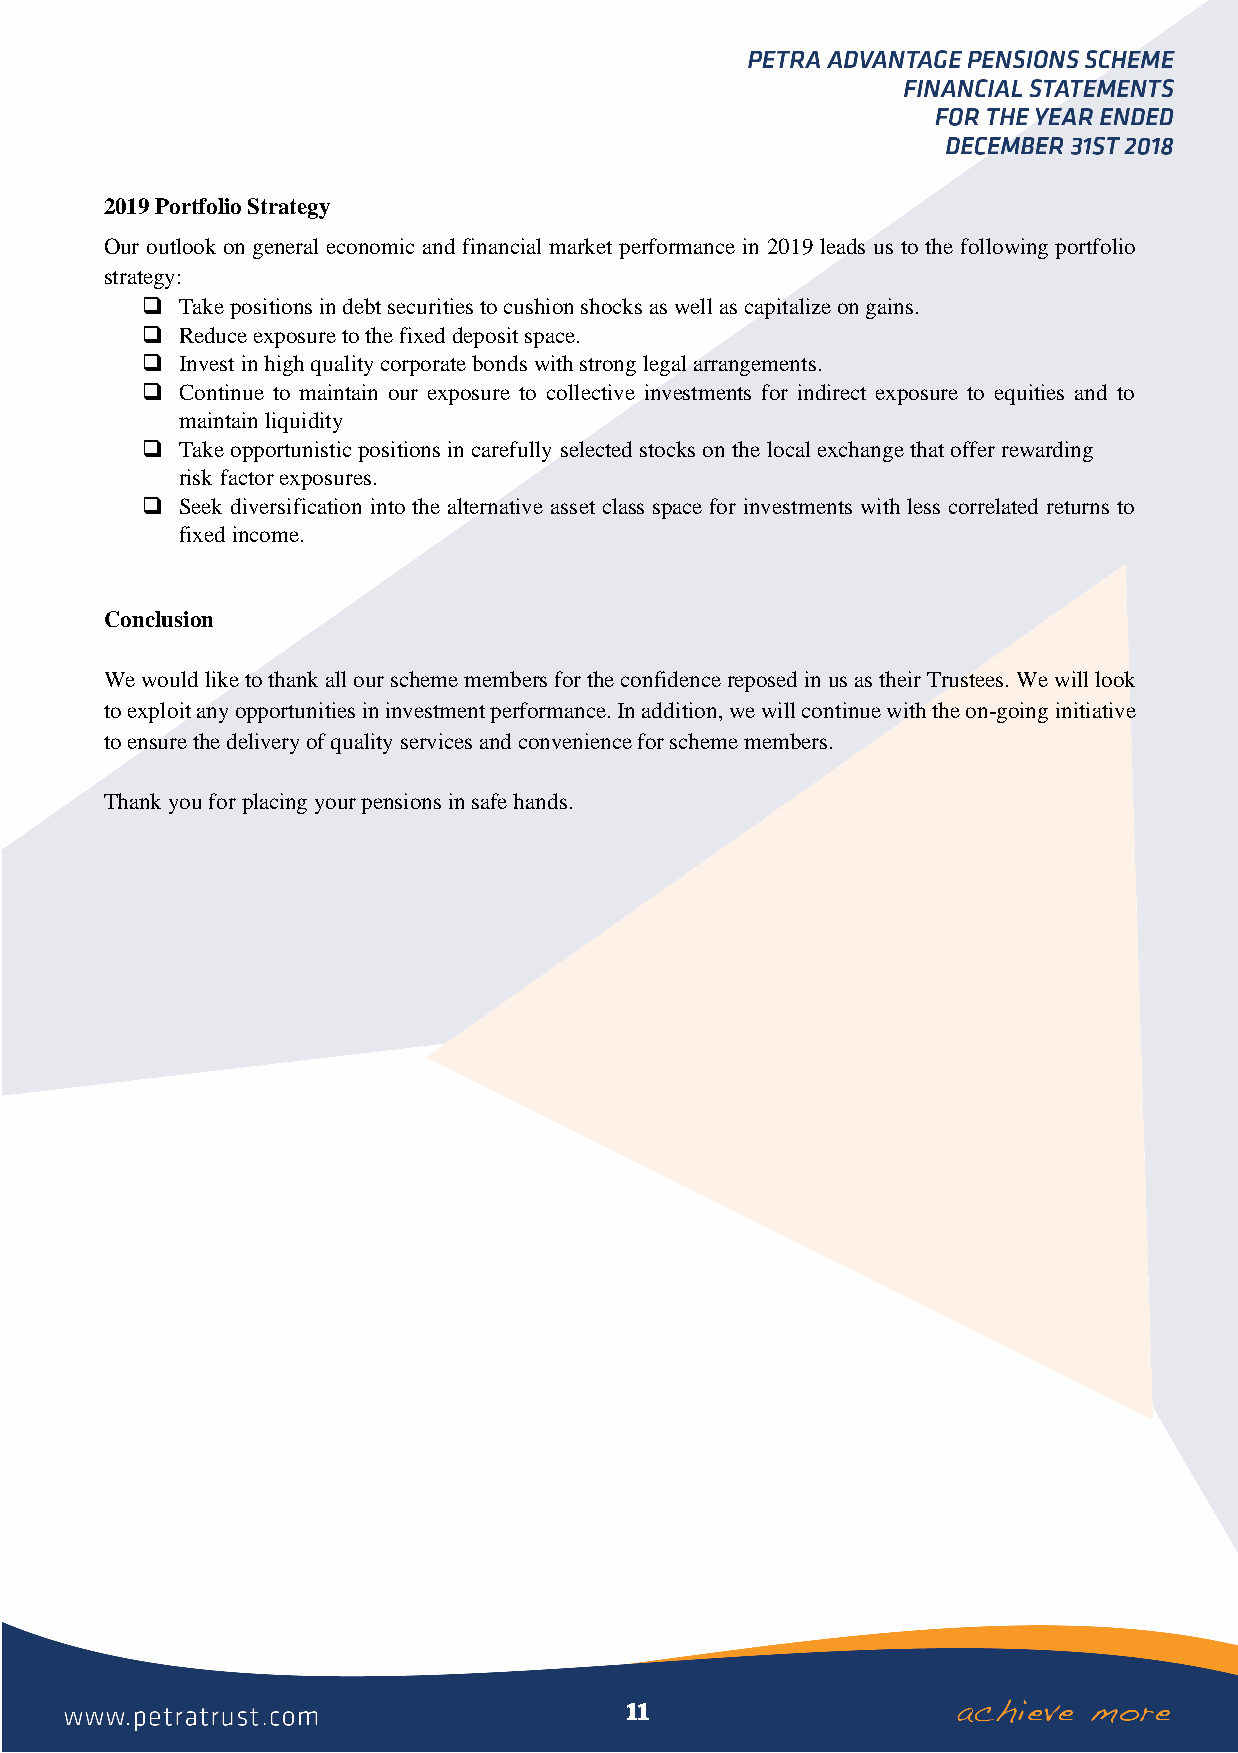
2019 Portfolio Strategy
 Our outlook on general economic and financial market performance in 2019 leads us to the following portfolio
 strategy:
 ❑  Take positions in debt securities to cushion shocks as well as capitalize on gains.
 ❑  Reduce exposure to the fixed deposit space.
 ❑  Invest in high quality corporate bonds with strong legal arrangements.
 ❑  Continue to maintain our exposure to collective investments for indirect exposure to equities and to
 maintain liquidity
 ❑  Take opportunistic positions in carefully selected stocks on the local exchange that offer rewarding
 risk factor exposures.
 ❑  Seek diversification into the alternative asset class space for investments with less correlated returns to
 fixed income.
 Conclusion
 We would like to thank all our scheme members for the confidence reposed in us as their Trustees. We will look
 to exploit any opportunities in investment performance. In addition, we will continue with the on-going initiative
 to ensure the delivery of quality services and convenience for scheme members.
 Thank you for placing your pensions in safe hands.
 11